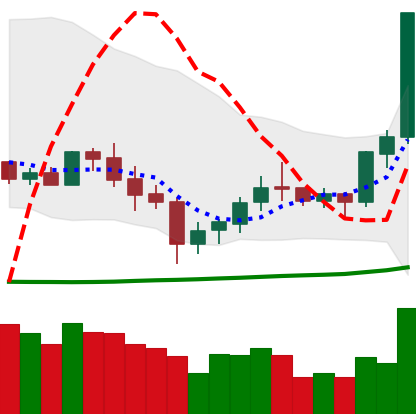
Ticker: XLM-USD
Chart end date: 2020-07-08
Forward return: 6.221%
Label: up_5_7